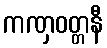
ကဏှဝတ္တနီ